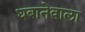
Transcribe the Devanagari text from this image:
धबानेवाला